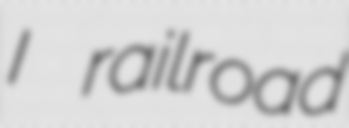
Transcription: I railroad